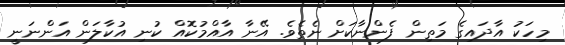
މިހަކު އާދައިގެ މަތިން ފެންނާކަށް ނެތެވެ. އޭނާ އާއްމުކޮއް ކުނި އުކާލަން އަންނަނީ